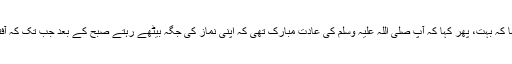
انہوں نے کہا کہ بہت، پھر کہا کہ آپ صلی اللہ علیہ وسلم کی عادت مبارک تھی کہ اپنی نماز کی جگہ بیٹھے رہتے صبح کے بعد جب تک کہ آفتاب نہ نکلتا۔